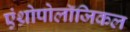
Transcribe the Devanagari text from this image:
एंथ्रोपोलॉजिकल